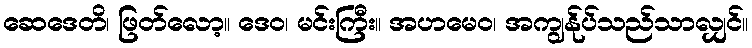
ဆေဒေတိ၊ ဖြတ်လော့။ ဒေဝ၊ မင်းကြီး။ အဟမေဝ၊ အကျွန်ုပ်သည်သာလျှင်။